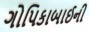
ગોપિકાબાઈની